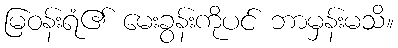
မြဝန်းရံ၏ မေးခွန်းကိုပင် ဘာမှန်းမသိ။